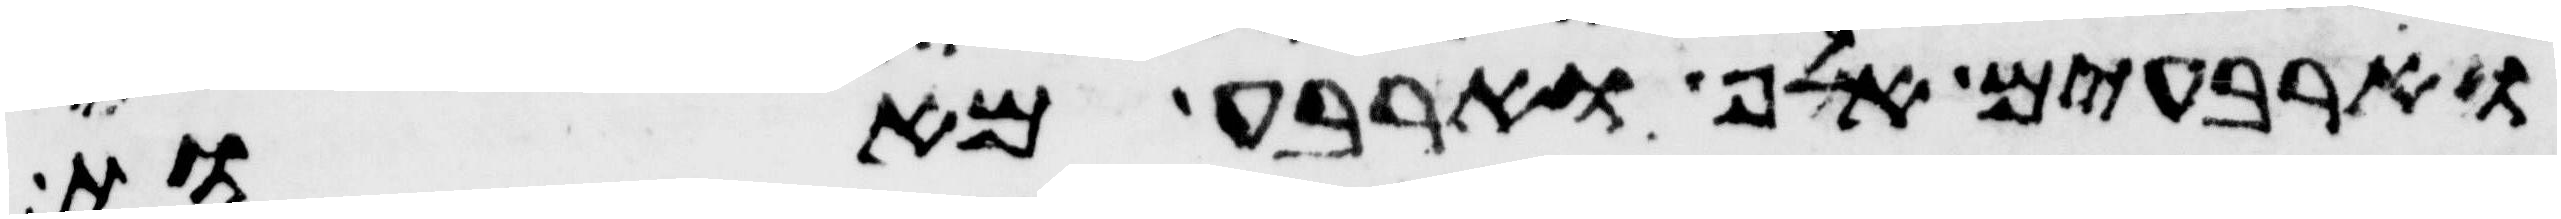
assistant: וארבעים אלף וארבע מאות